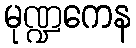
မုဏ္ဍကေန